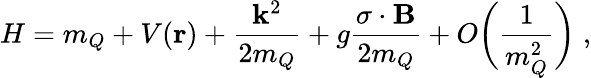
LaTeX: H=m_{Q}+V({\mathbf{r}})+\frac{{\mathbf{k}}^{2}}{2m_{Q}}+g\frac{{\mathbf{\sigma}}\cdot{\mathbf{B}}}{2m_{Q}}+O\biggl(\frac{1}{m_{Q}^{2}}\biggr)\; ,